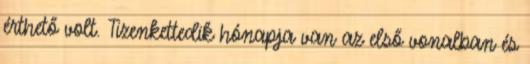
érthető volt. Tizenkettedik hónapja van az első vonalban és